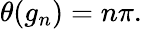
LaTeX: \theta(g_{n})=n\pi.